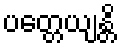
ပတ္တေယျန္တိ